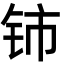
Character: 铈